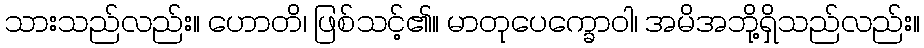
သားသည်လည်း။ ဟောတိ၊ ဖြစ်သင့်၏။ မာတုပေက္ခောဝါ၊ အမိအဘို့ရှိသည်လည်း။